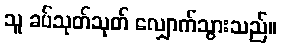
သူ ခပ်သုတ်သုတ် လျှောက်သွားသည်။